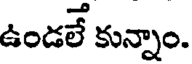
ఉండలే కున్నాం.